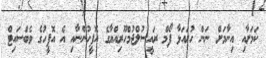
ކަމަށާއި އިނާމަށް ނަން ހުށައަޅާ ފޯމް ރައީސުލްޖުމްހޫރިއްޔާގެ އޮފީހުންނާއި އެ އޮފީހުގެ ވެބްސައިޓް